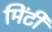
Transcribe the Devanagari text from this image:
मिंटी